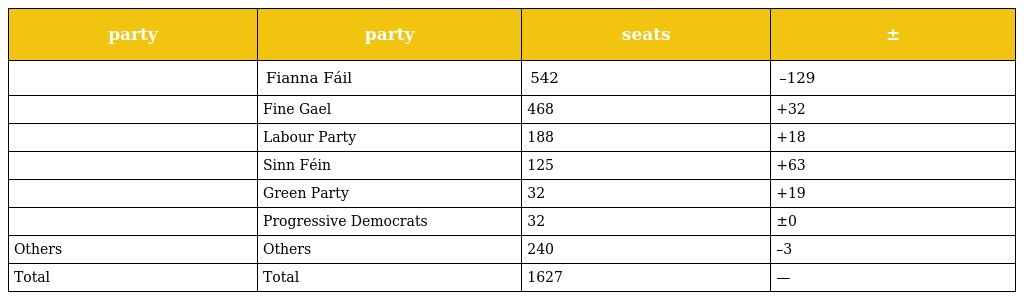
| party | party | seats | ± |
 | --- | --- | --- | --- |
 |  | Fianna Fáil | 542 | –129 |
 |  | Fine Gael | 468 | +32 |
 |  | Labour Party | 188 | +18 |
 |  | Sinn Féin | 125 | +63 |
 |  | Green Party | 32 | +19 |
 |  | Progressive Democrats | 32 | ±0 |
 | Others | Others | 240 | –3 |
 | Total | Total | 1627 | — |